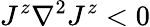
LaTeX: J^{z}\nabla^{2}J^{z}<0